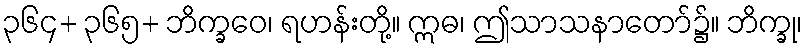
၃၆၄+ ၃၆၅+ ဘိက္ခဝေ၊ ရဟန်းတို့။ ဣဓ၊ ဤသာသနာတော်၌။ ဘိက္ခု၊